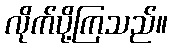
လိုက်ပို့ကြသည်။